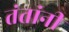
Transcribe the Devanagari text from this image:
तंतांनी